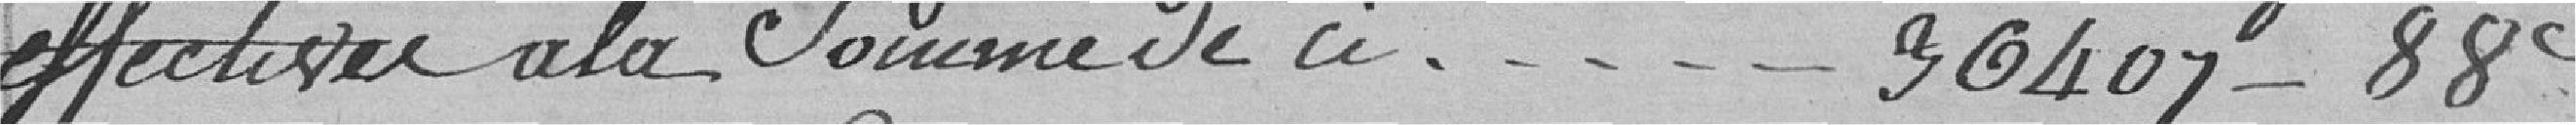
effectives à la somme de ci.........36.407 francs 88 centimes